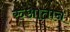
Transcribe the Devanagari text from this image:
रुआतान